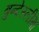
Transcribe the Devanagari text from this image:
बुन्देस्लीगा